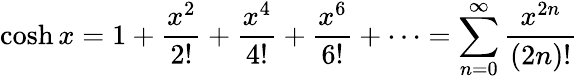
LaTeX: \cosh x=1+{\frac{x^{2}}{2!}}+{\frac{x^{4}}{4!}}+{\frac{x^{6}}{6!}}+\cdots=\sum_{n=0}^{\infty}{\frac{x^{2n}}{(2n)!}}